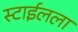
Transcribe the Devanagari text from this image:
स्टाईलला